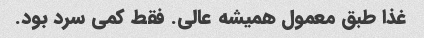
غذا طبق معمول همیشه عالی. فقط کمی سرد بود.